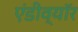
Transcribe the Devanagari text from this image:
एंडीव्यॉर